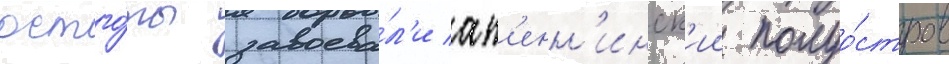
остго́ты завоева́л'и ап'енн'инск'ии полуо́стров